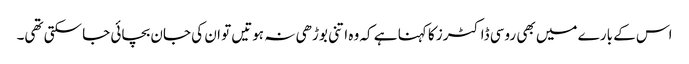
اس کے بارے میں بھی روسی ڈاکٹرز کا کہنا ہے کہ وہ اتنی بوڑھی نہ ہوتیں تو ان کی جان بچائی جا سکتی تھی۔